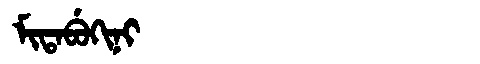
Manchu: ᠮᡳᡨᠠᠪᡠᡴᡳᠨᡳ
Romanization: MITABUKINI